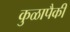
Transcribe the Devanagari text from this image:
कुळापैकी